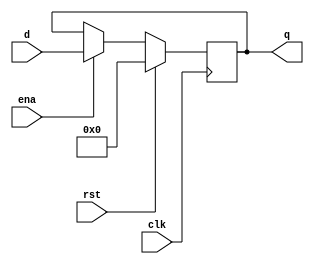
`timescale 1ns/1ps
//  enable  reset 
module flopenr #(parameter WIDTH = 32) (
    input wire clk,rst,ena,
    input wire[WIDTH-1:0]d,
    output reg[WIDTH-1:0]q
);
    always @(posedge clk) begin
        if(rst) q<=0;
        else if (ena) q<=d;
    end
    
endmodule